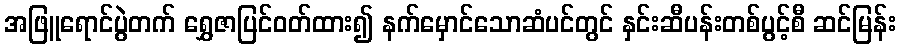
အဖြူရောင်ပွဲတက် ရွှေဇာပြင်ဝတ်ထား၍ နက်မှောင်သောဆံပင်တွင် နှင်းဆီပန်းတစ်ပွင့်စီ ဆင်မြန်း